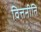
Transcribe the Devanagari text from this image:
वित्तनीति